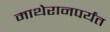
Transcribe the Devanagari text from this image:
माथेरानपर्यंत